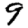
Digit: 9